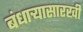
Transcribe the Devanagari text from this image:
बंधार्‍यासारखी